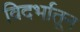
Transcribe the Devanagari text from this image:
विदर्भातून